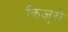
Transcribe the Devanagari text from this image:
किजुरो